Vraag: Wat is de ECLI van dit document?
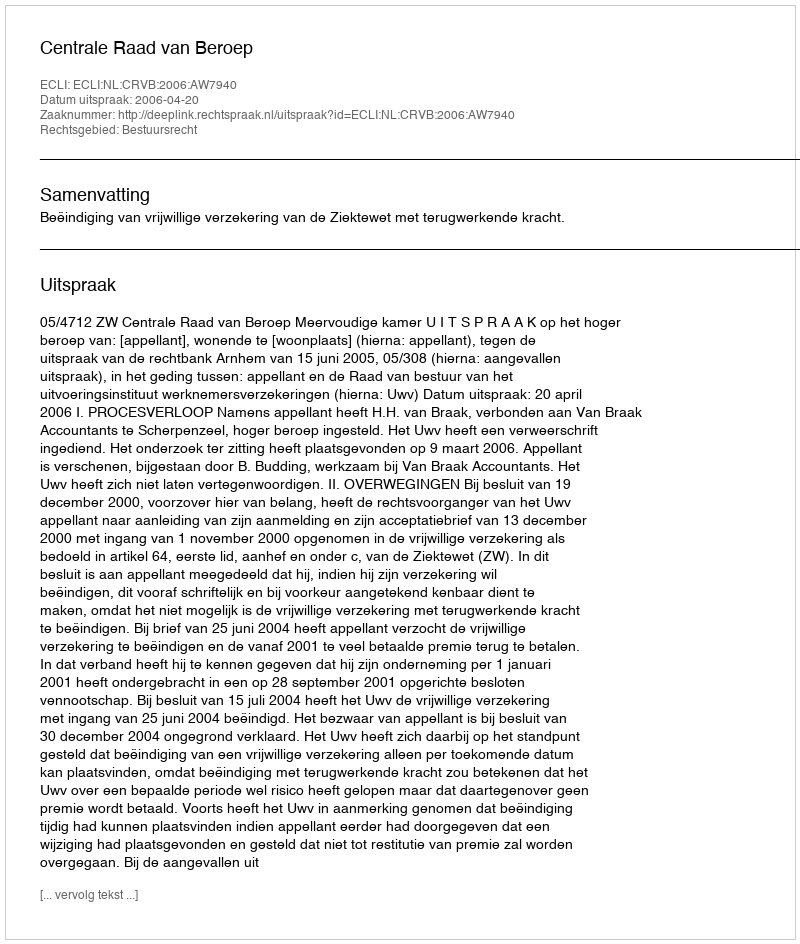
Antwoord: ECLI:NL:CRVB:2006:AW7940